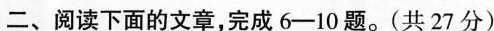
阅读下面的文章，完成6--10题.。（共27分）